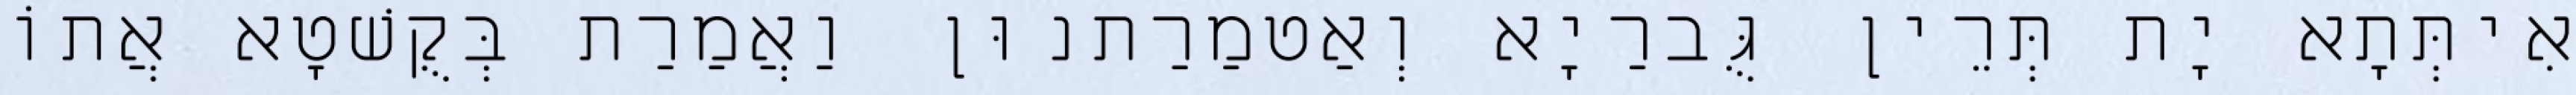
אִיתְּתָא יָת תְּרֵין גֻּברַיָא וְאַטמַרַתנוּן וַאֲמַרַת בְּקֻשׁטָא אֲתוֹ